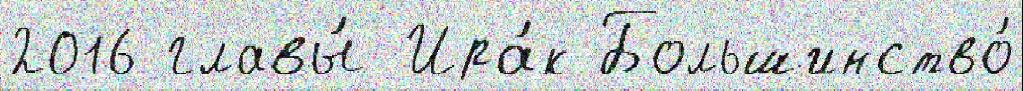
2016 главы́ Ира́к Большинство́